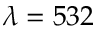
\lambda = 5 3 2